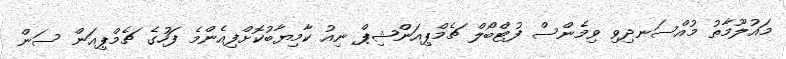
މައުލޫމާތު މުއްސަނދިވި ވިމެންސް ފުޓްބޯލް ޗެމްޕިއަންޝިޕް ނިއު ކާމިޔާބުކޮށްފިއެންމެ ފަހުގެ ޗެމްޕިއަން ސަން